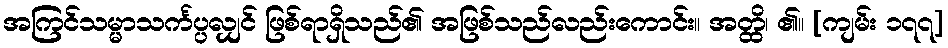
အကြင်သမ္မာသင်္ကပ္ပလျှင် ဖြစ်ရာရှိသည်၏ အဖြစ်သည်လည်းကောင်း။ အတ္ထိ၊ ၏။ [ကျမ်း ၁၇၇]